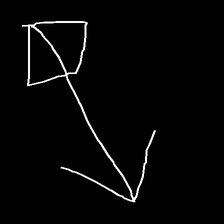
Glyph: focus